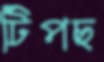
টিপছ